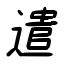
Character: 遣